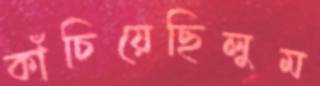
কাঁচিয়েছিলুম